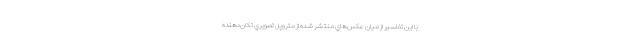
با اين تفاسير از ميان عكس‌هاي منتشر شده از متروپل تصويري تكان‌دهنده